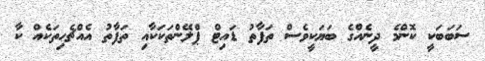
ސަބަބަކީ ކޮންމެ ދީނެއްގެ ބަޔަކީވެސް ތަފާތު ޑައިޓް ޕްލޭންތަކަކާއި ތަފާތު އެއްޗެހިތަކެއް ކާ